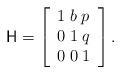
LaTeX: \begin{align*}\mathsf{H}=\left[\begin{array}{lll}1\; b\; p\\0\; 1\; q\\0\; 0\; 1\end{array}\right].\end{align*}